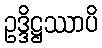
ဥဒ္ဒိဋ္ဌဿာပိ